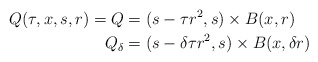
\begin{align*}Q(\tau,x,s,r)=Q&=(s-\tau r^2,s)\times B(x,r)\\Q_{\delta}&= (s-\delta\tau r^2,s)\times B(x,\delta r)\end{align*}